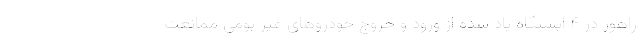
راهور در ۴ ایستگاه یاد شده از ورود و خروج خودروهای غیر بومی ممانعت